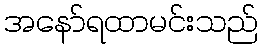
အနော်ရထာမင်းသည်